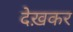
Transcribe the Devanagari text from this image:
देख़कर